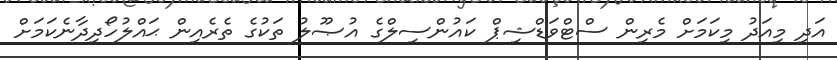
އަދި މިއަދު މިކަމަށް މެރިން ސްޓްވަޑްޝިޕް ކައުންސިލްގެ އުޞޫލު ތަކުގެ ތެރެއިން ޙައްލުހޯދިދާނެކަމަށް